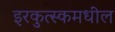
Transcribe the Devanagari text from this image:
इरकुत्स्कमधील